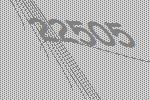
22505